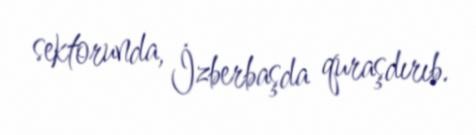
sektorunda, İzberbaşda quraşdırıb.